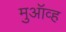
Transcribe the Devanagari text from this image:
मुऑव्ह